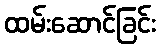
ထမ်းဆောင်ခြင်း